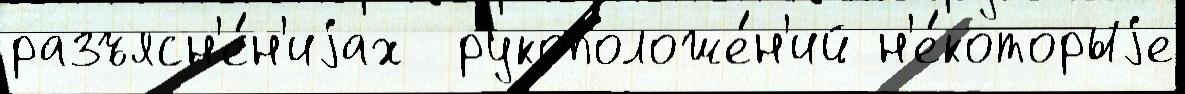
разъясн'е́н'иjах  рукоположе́н'ий н'е́которыjе